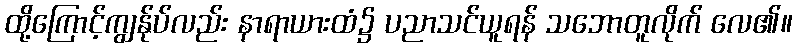
ထို့ကြောင့်ကျွန်ုပ်လည်း နာရာယားထံ၌ ပညာသင်ယူရန် သဘောတူလိုက် လေ၏။